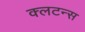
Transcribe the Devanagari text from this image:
क्लटन्स